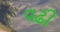
વઢી